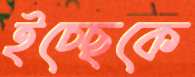
ইচ্ছেকে